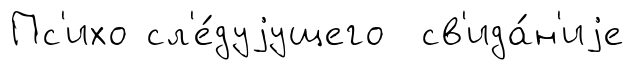
Пс'ихо сл'е́дуjущего св'ида́н'иjе